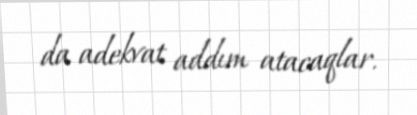
da adekvat addım atacaqlar.